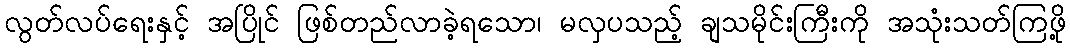
လွတ်လပ်ရေးနှင့် အပြိုင် ဖြစ်တည်လာခဲ့ရသော၊ မလှပသည့် ချသမိုင်းကြီးကို အသုံးသတ်ကြဖို့